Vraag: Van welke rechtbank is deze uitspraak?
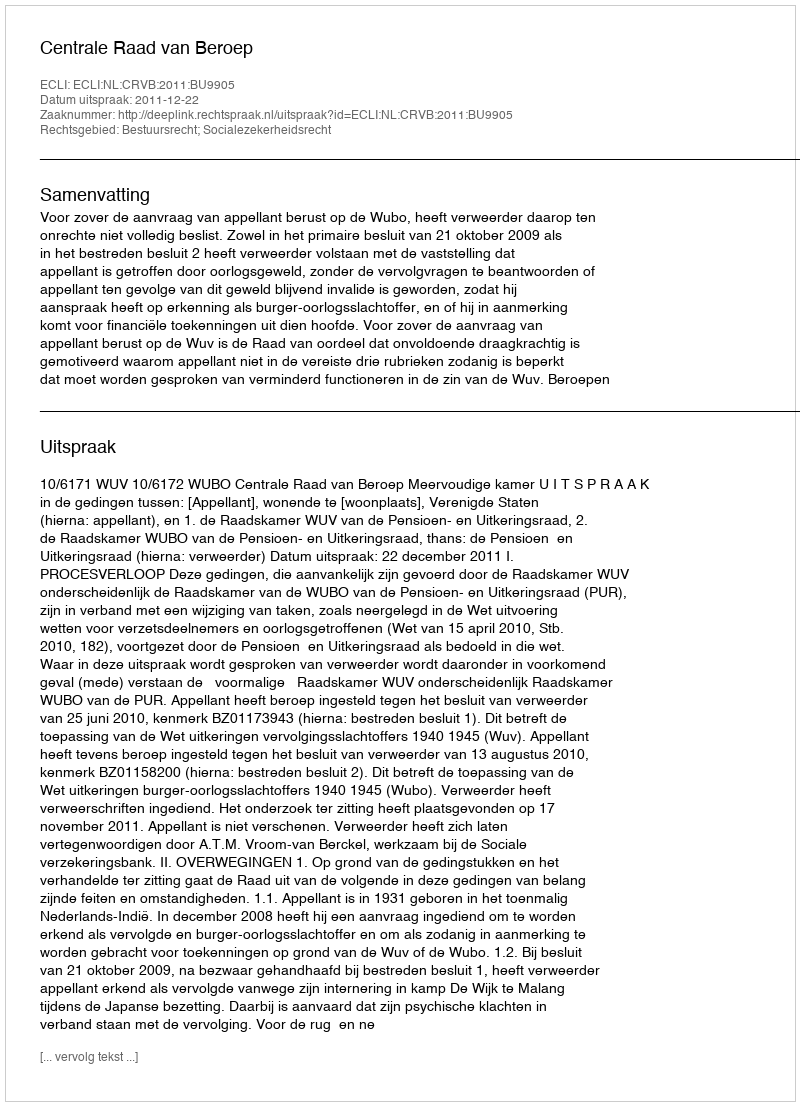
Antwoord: Centrale Raad van Beroep